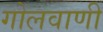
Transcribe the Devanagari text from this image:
गोलवाणी